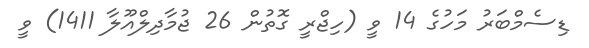
ޑިސެމްބަރު މަހުގެ 14 ވީ (ހިޖްރީ ގޮތުން 26 ޖުމާދިލްއޫލާ 1411) ވީ